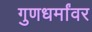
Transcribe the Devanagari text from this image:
गुणधर्मांवर